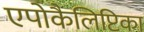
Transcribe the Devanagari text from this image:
एपोकैलिप्टिका